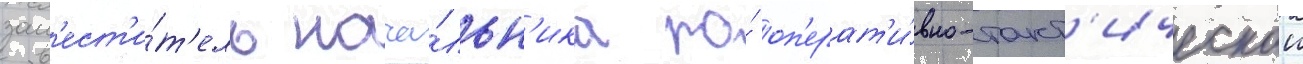
зам'ест'и́т'ель нача́льн'ика по́ оп'ерат'и́вно-такт'ическои